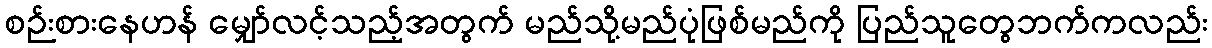
စဉ်းစားနေဟန် မျှော်လင့်သည့်အတွက် မည်သို့မည်ပုံဖြစ်မည်ကို ပြည်သူတွေဘက်ကလည်း